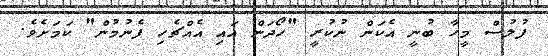
ފުލުސް މީހާ ބުނީ އެކަން ނުކުރީ "ހޯދަން އައި އެއްޗެހި ފެނުމުން" ކަމަށެވެ.